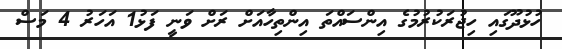
ހުޅުދޫގައި ހިޖުރަކުރުމުގެ އިންސައްތަ އިންތިހާއަށް ރަށް ވަނީ ފަޅު1 އަހަރު 4 މަސް